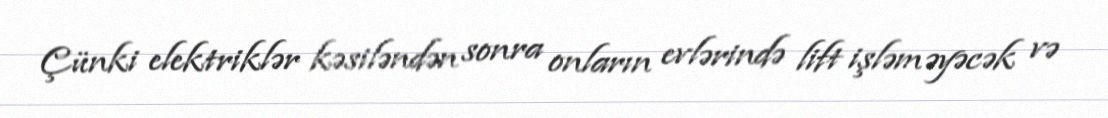
Çünki elektriklər kəsiləndən sonra onların evlərində lift işləməyəcək və